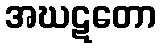
အဃဋတော